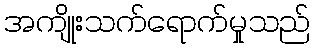
အကျိုးသက်ရောက်မှုသည်